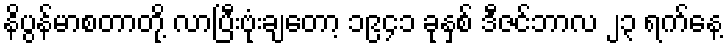
နိပွန်မာစတာတို့ လာပြီးဗုံးချတော့ ၁၉၄၁ ခုနှစ် ဒီဇင်ဘာလ ၂၃ ရက်နေ့